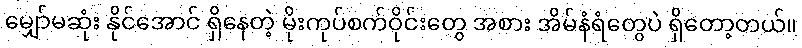
မျှော်မဆုံး နိုင်အောင် ရှိနေတဲ့ မိုးကုပ်စက်ဝိုင်းတွေ အစား အိမ်နံရံတွေပဲ ရှိတော့တယ်။